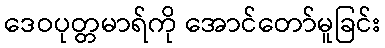
ဒေဝပုတ္တမာရ်ကို အောင်တော်မူခြင်း